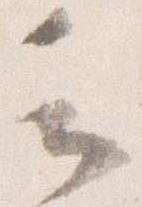
云